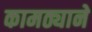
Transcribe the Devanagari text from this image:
कामठ्याने